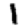
Digit: 1